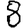
Digit: 8